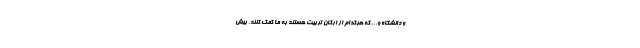
و دانشگاه و... که هرکدام از ارکان تربیت هستند به ما کمک کنند. بیش